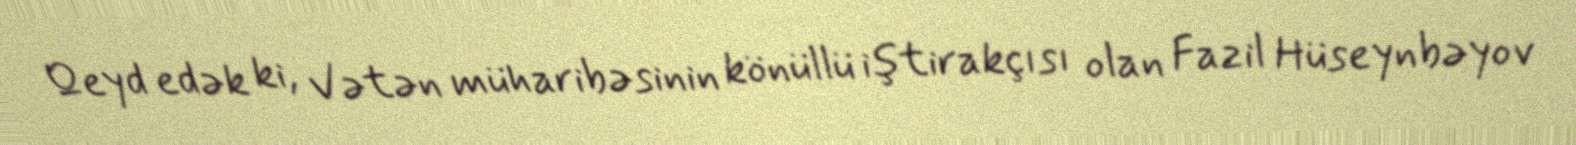
Qeyd edək ki, Vətən müharibəsinin könüllü iştirakçısı olan Fazil Hüseynbəyov